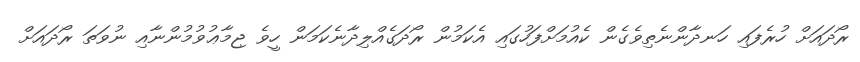
ރޯދައަށް ހުރެފައި ހަނދާންނެތިވެގެން ކެއުމަށްފަހުގައި އެކަމުން ރޯދަގެއްލިދާނެކަމަން ހީވެ ޖިމާޢުވުމުންނާއި ނުވަތަ ރޯދައަށް